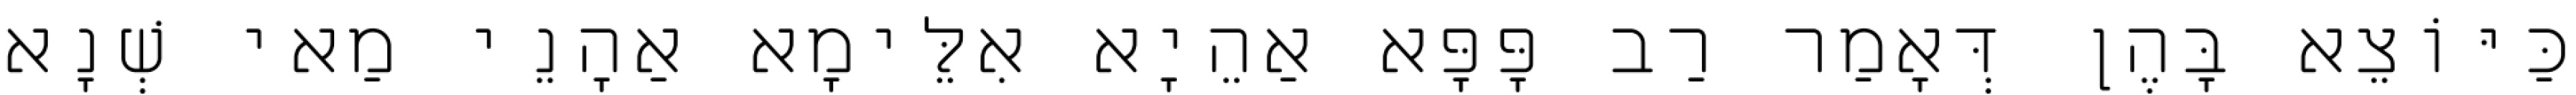
כַּיּוֹצֵא בָּהֶן דְּאָמַר רַב פָּפָּא אַהֵיָא אִלֵּימָא אַהָנֵי מַאי שְׁנָא